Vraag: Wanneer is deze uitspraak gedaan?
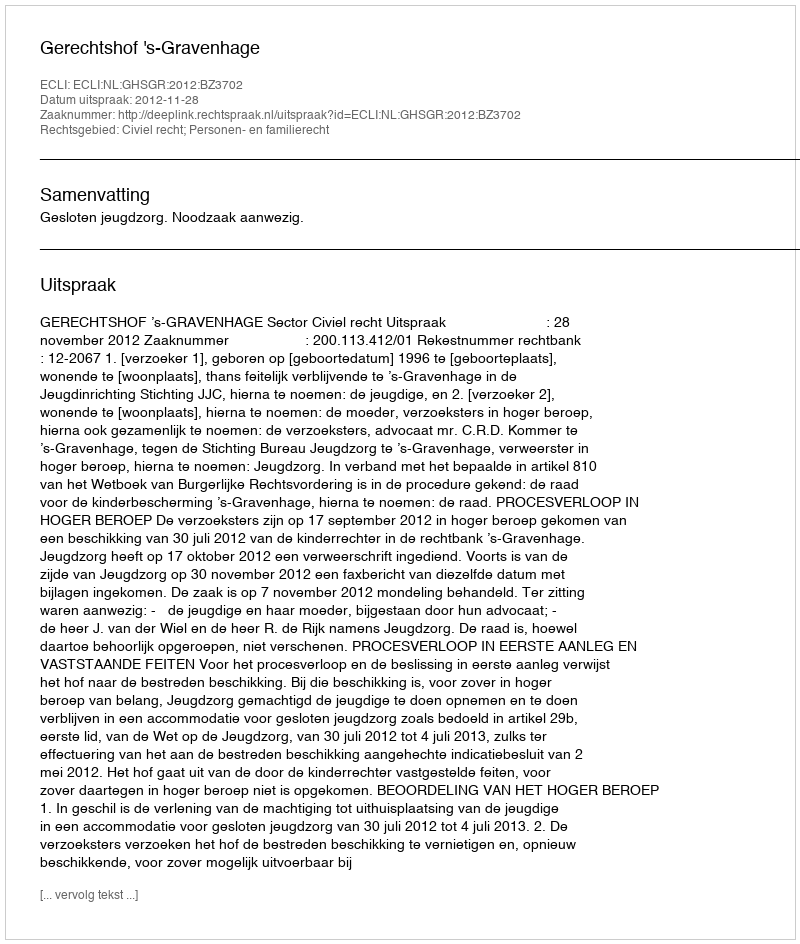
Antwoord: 2012-11-28